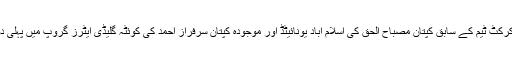
امکان یہی ہے کہ پاکستان کرکٹ ٹیم کے سابق کپتان مصباح الحق کی اسلام آباد یونائیٹڈ اور موجودہ کپتان سرفراز احمد کی کوئٹہ گلیڈی ایٹرز گروپ میں پہلی دو پوزیشن حاصل کریں گی۔